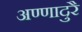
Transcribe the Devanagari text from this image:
अण्णादुरै